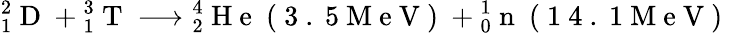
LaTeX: {}_{1}^{2}\mathrm{~D~}+{}_{1}^{3}\mathrm{~T~}\longrightarrow{}_{2}^{4}\mathrm{~H~e~}\mathrm{~(~3~.~5~M~e~V~)~}+{}_{0}^{1}\mathrm{~n~}\mathrm{~(~1~4~.~1~M~e~V~)~}